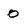
Character: O